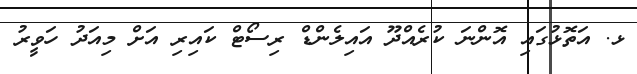
ޅ. އަތޮޅުގައި އޮންނަ ކުރެއްދޫ އައިލެންޑް ރިސޯޓް ކައިރި އަށް މިއަދު ހަވީރު